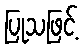
ပြုသဖြင့်